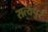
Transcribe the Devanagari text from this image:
सत्यपुर